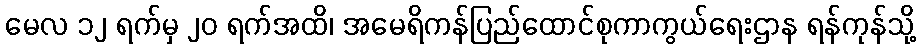
မေလ ၁၂ ရက်မှ ၂၀ ရက်အထိ၊ အမေရိကန်ပြည်ထောင်စုကာကွယ်ရေးဌာန ရန်ကုန်သို့